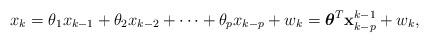
LaTeX: \begin{align*}x_k = \theta_1 x_{k-1} + \theta_2 x_{k-2} + \cdots + \theta_p x_{k-p} + w_k = \boldsymbol{\theta}^T \mathbf{x}_{k-p}^{k-1} +w_k,\end{align*}